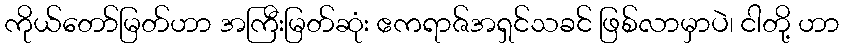
ကိုယ်တော်မြတ်ဟာ အကြီးမြတ်ဆုံး ဧကရာဇ်အရှင်သခင် ဖြစ်လာမှာပဲ၊ ငါတို့ ဟာ